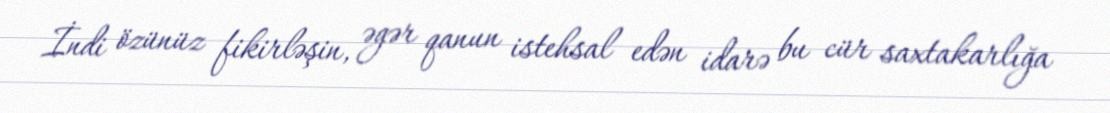
İndi özünüz fikirləşin, əgər qanun istehsal edən idarə bu cür saxtakarlığa